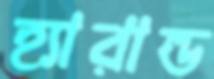
হ্যারাল্ড